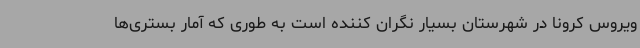
ویروس کرونا در شهرستان بسیار نگران کننده است به طوری که آمار بستری‌ها